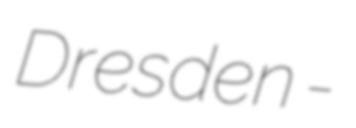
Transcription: Dresden -